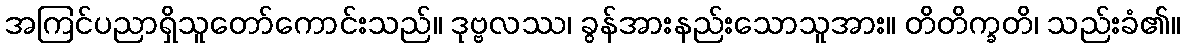
အကြင်ပညာရှိသူတော်ကောင်းသည်။ ဒုဗ္ဗလဿ၊ ခွန်အားနည်းသောသူအား။ တိတိက္ခတိ၊ သည်းခံ၏။